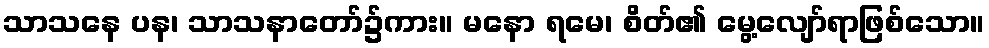
သာသနေ ပန၊ သာသနာတော်၌ကား။ မနော ရမေ၊ စိတ်၏ မွေ့လျော်ရာဖြစ်သော။